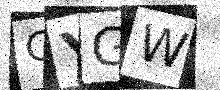
Text: CYGW